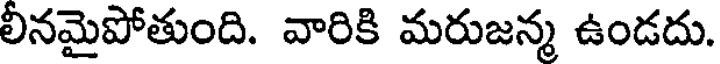
లీనమైపోతుంది. వారికి మరుజన్మ ఉండదు.